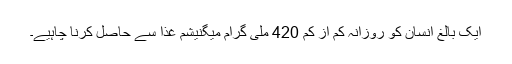
ایک بالغ انسان کو روزانہ کم از کم 420 ملی گرام میگنیشم غذا سے حاصل کرنا چاہیے۔